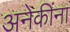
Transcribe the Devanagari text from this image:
अनेकींना